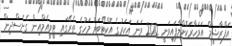
އަފްރާޝީމް އަވަހާރަކޮށްލާފައިވަނީ 2012 ވަނަ އަހަރުގެ އޮކްޓޯބަރު މަހުގެ ތެރޭގައި ޓީވީއެމްއިން ގެނެސްދިން